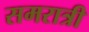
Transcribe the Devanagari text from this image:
समरात्री